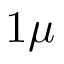
1 \mu